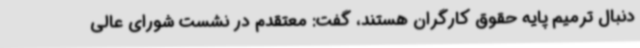
دنبال ترمیم پایه حقوق کارگران هستند، گفت: معتقدم در نشست شورای عالی